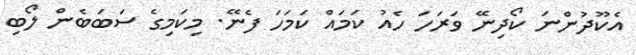
އެކޫދުންނަ ކޯދިނޭ ވަރަހަ ހެއު ކަމައް ކަމަހަ ފެނޭ. މިކަމިގެ ސަބަބެން ލޯބި